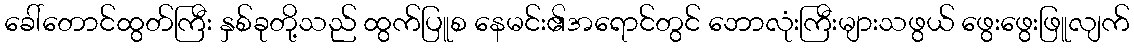
ခေါ်တောင်ထွတ်ကြီး နှစ်ခုတို့သည် ထွက်ပြူစ နေမင်း၏အရောင်တွင် ဘောလုံးကြီးများသဖွယ် ဖွေးဖွေးဖြူလျက်